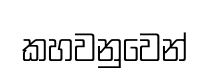
කහවනුවෙන්